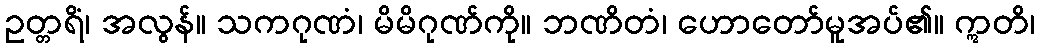
ဥတ္တရိံ၊ အလွန်။ သကဂုဏံ၊ မိမိဂုဏ်ကို။ ဘဏိတံ၊ ဟောတော်မူအပ်၏။ ဣတိ၊